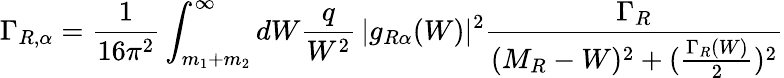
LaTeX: \Gamma_{R,\alpha}=\frac{1}{16\pi^{2}}\int_{m_{1}+m_{2}}^{\infty}dW\frac{q}{W^{2}}\, |g_{R\alpha}(W)|^{2}\frac{\Gamma_{R}}{(M_{R}-W)^{2}+(\frac{\Gamma_{R}(W)}{2})^{2}}